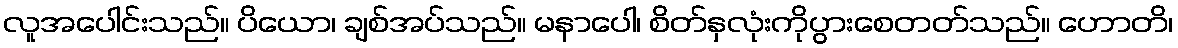
လူအပေါင်းသည်။ ပိယော၊ ချစ်အပ်သည်။ မနာပေါ၊ စိတ်နှလုံးကိုပွားစေတတ်သည်။ ဟောတိ၊